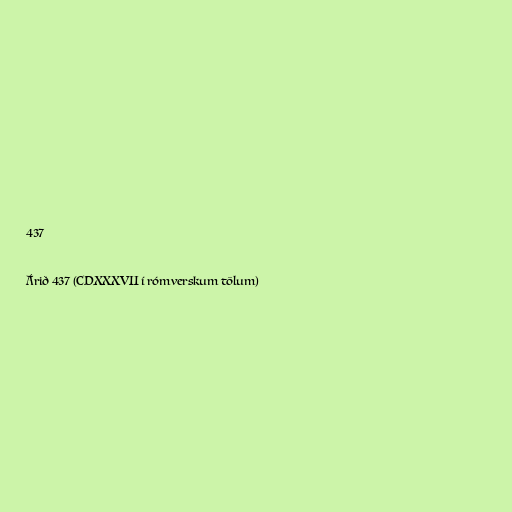
437

Árið 437 (CDXXXVII í rómverskum tölum)